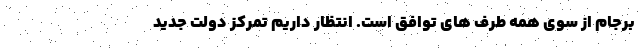
برجام از سوی همه طرف های توافق است. انتظار داریم تمرکز دولت جدید